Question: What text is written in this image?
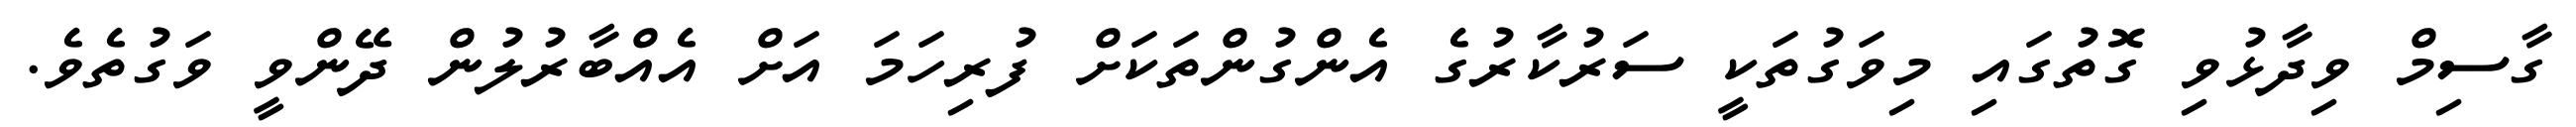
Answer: ގާސިމް ވިދާޅުވި ގޮތުގައި މިވަގުތަކީ ސަރުކާރުގެ އެންގުންތަކަށް ފުރިހަމަ އަށް އެއްބާރުލުން ދޭންވީ ވަގުތެވެ.